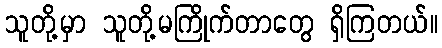
သူတို့မှာ သူတို့မကြိုက်တာတွေ ရှိကြတယ်။